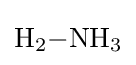
{\mathrm {H} {\vphantom {A}}_{\smash[{t}]{2}}{-}\mathrm {NH} {\vphantom {A}}_{\smash[{t}]{3}}}